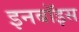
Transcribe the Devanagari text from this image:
इनबॉइस